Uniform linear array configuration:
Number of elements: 48
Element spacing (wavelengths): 1
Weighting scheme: blackman
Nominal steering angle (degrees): -60
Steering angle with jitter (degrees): -58.935
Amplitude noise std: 0.05
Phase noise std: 0.05

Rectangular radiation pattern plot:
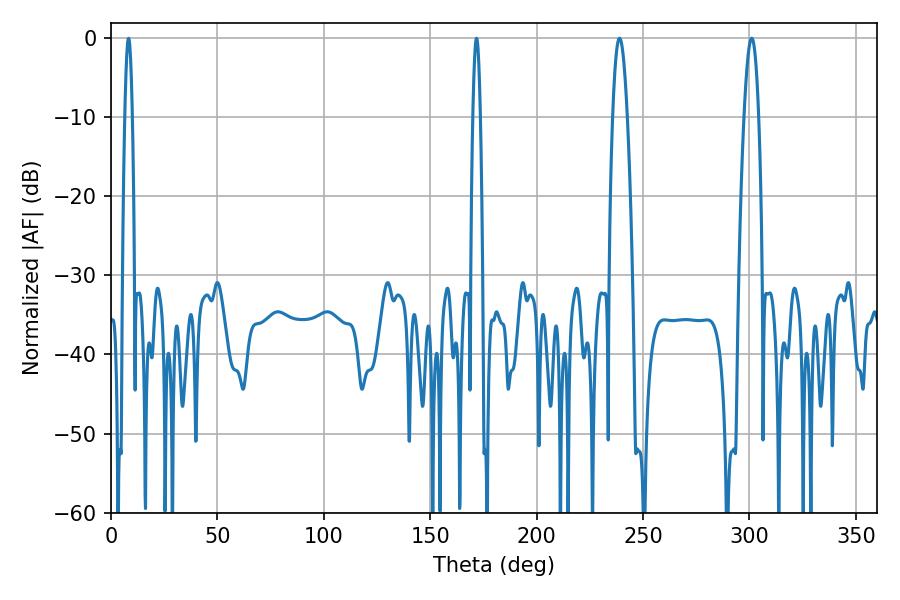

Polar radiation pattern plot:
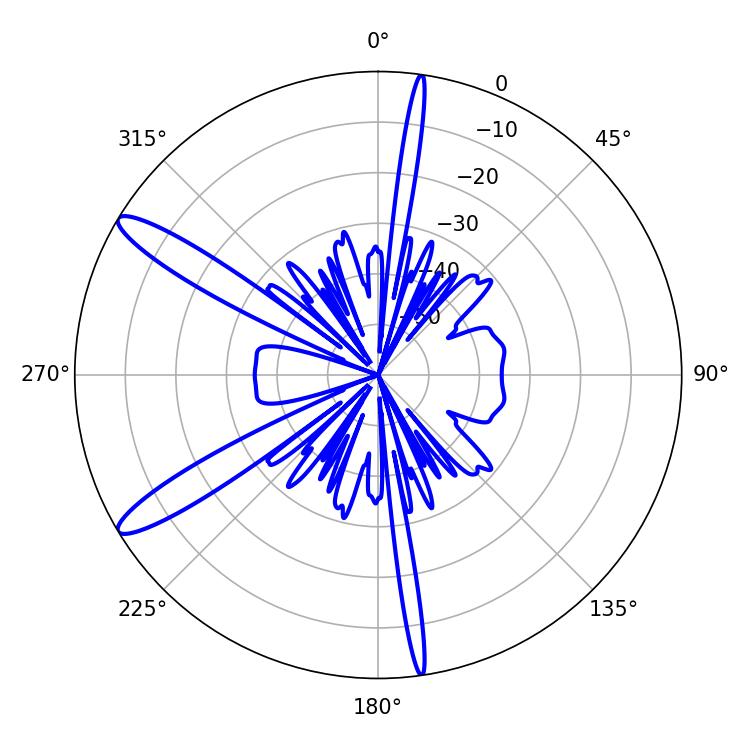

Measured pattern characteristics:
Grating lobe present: TRUE
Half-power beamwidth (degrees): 1.8
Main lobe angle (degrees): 8.28